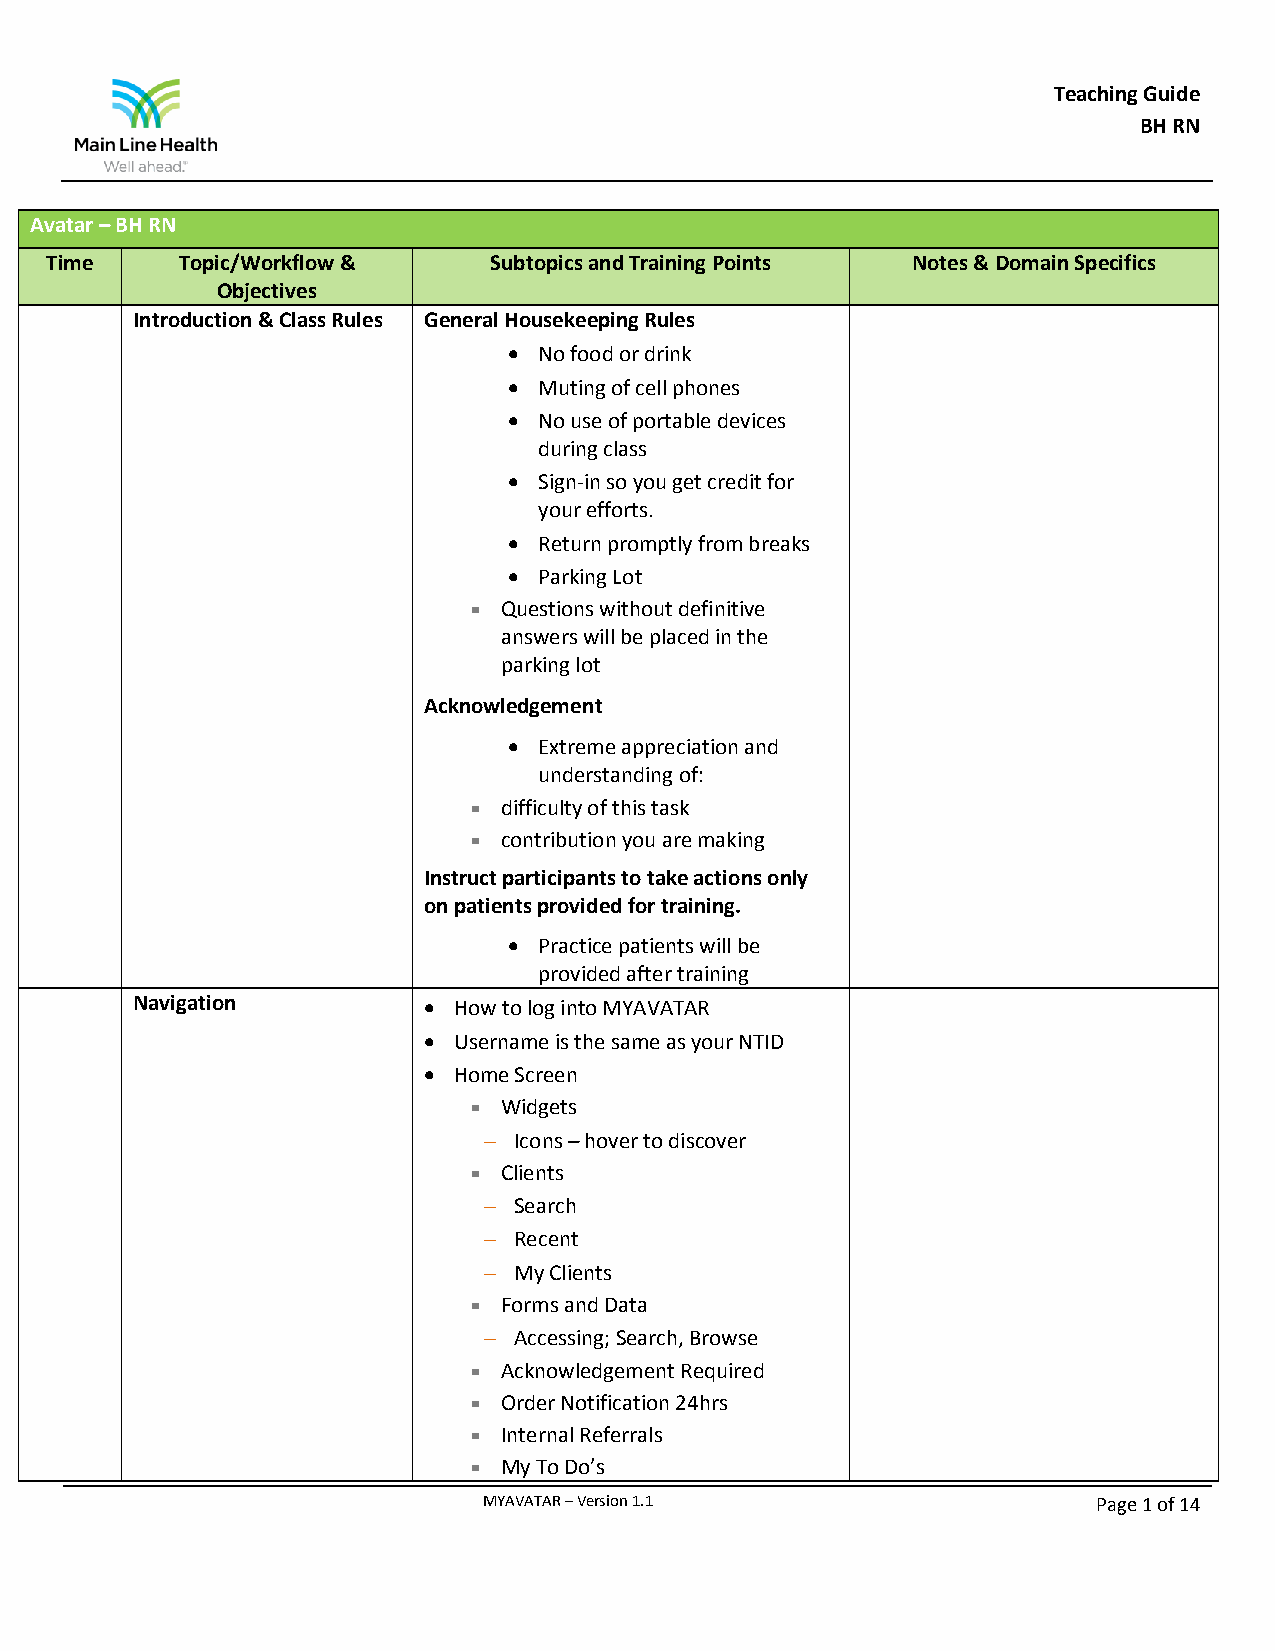
Teaching Guide
 BH RN
 Avatar – BH RN
 Time     Topic/Workflow &    Subtopics and Training Points Notes & Domain Specifics
 Objectives
 Introduction & Class Rules General Housekeeping Rules
  No food or drink
  Muting of cell phones
  No use of portable devices
 during class
  Sign-in so you get credit for
 your efforts.
  Return promptly from breaks
  Parking Lot
  Questions without definitive
 answers will be placed in the
 parking lot
 Acknowledgement
  Extreme appreciation and
 understanding of:
  difficulty of this task
  contribution you are making
 Instruct participants to take actions only
 on patients provided for training.
  Practice patients will be
 provided after training
 Navigation          How to log into MYAVATAR
  Username is the same as your NTID
  Home Screen
  Widgets
  Icons – hover to discover
  Clients
  Search
  Recent
  My Clients
  Forms and Data
  Accessing; Search, Browse
  Acknowledgement Required
  Order Notification 24hrs
  Internal Referrals
  My To Do’s
 MYAVATAR – Version 1.1                   Page 1 of 14